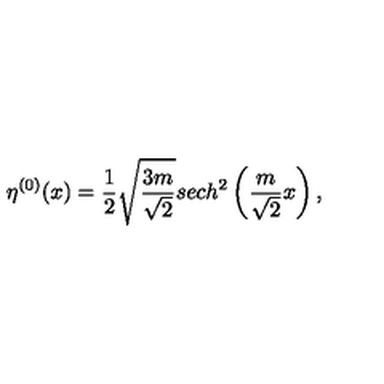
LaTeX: \eta ^ { ( 0 ) } ( x ) = \frac 1 2 \sqrt { \frac { 3 m } { \sqrt { 2 } } } s e c h ^ { 2 } \left( \frac { m } { \sqrt 2 } x \right) ,